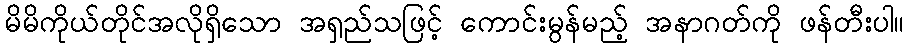
မိမိကိုယ်တိုင်အလိုရှိသော အရှည်သဖြင့် ကောင်းမွန်မည့် အနာဂတ်ကို ဖန်တီးပါ။